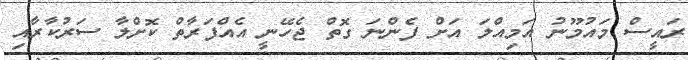
ރައީސް މައުމޫނު އަމިއްލަ އަށް ފެންނަ ގޮތް ޖެހޭނީ އެއްފަރާތް ކޮށްލާ ސަރުކާރާއި